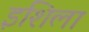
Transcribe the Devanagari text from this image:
इशिला